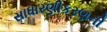
સાધારણીકરણની